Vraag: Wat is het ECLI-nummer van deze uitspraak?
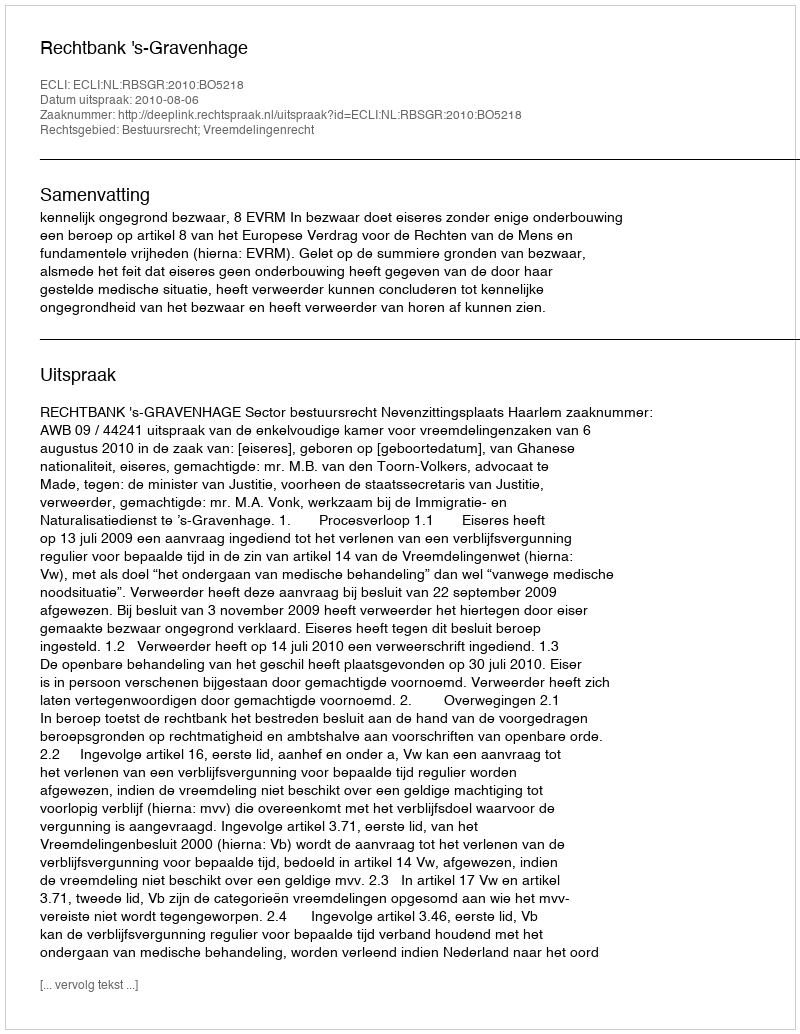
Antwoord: ECLI:NL:RBSGR:2010:BO5218